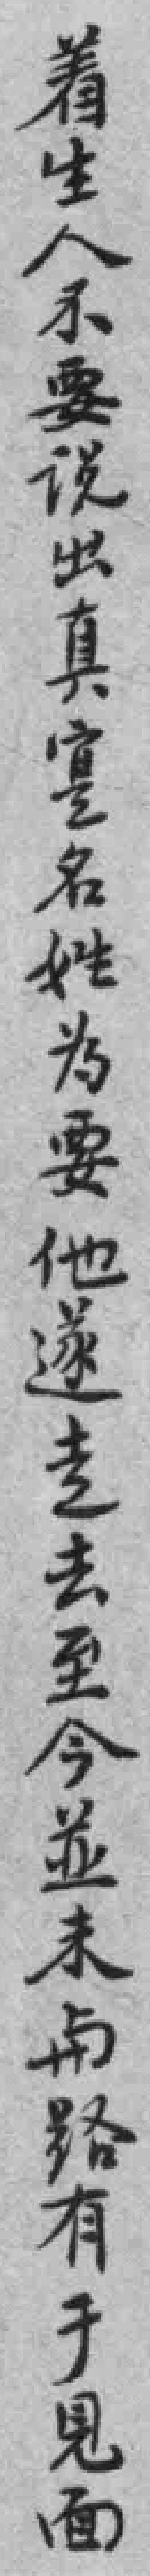
着生人不要说出真寔名姓為要他遂走去至今並未与路有于見面